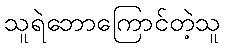
သူရဲဘောကြောင်တဲ့သူ